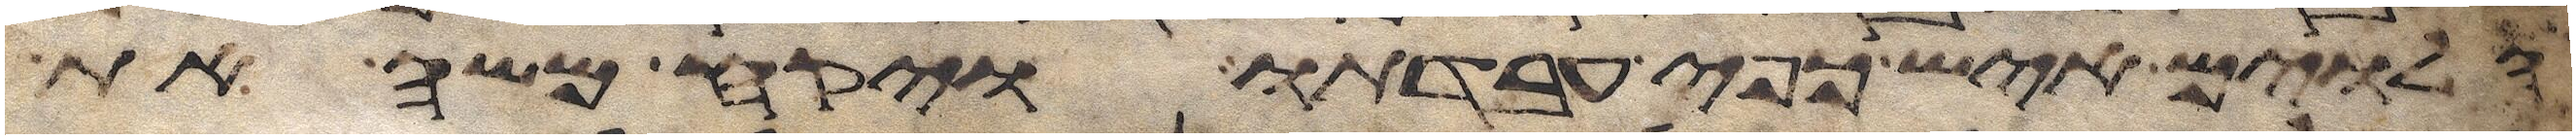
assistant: הלוים איש כפי עבדתו ויקח משה את